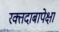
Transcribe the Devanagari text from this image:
रक्तदाबापेक्षा